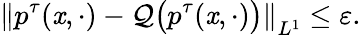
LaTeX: \left\| p^{\tau}(\mathit{x},\cdot)-\mathcal{{Q}}\big(p^{\tau}(\mathit{x},\cdot)\big)\right\| _{L^{1}}\leq\varepsilon.